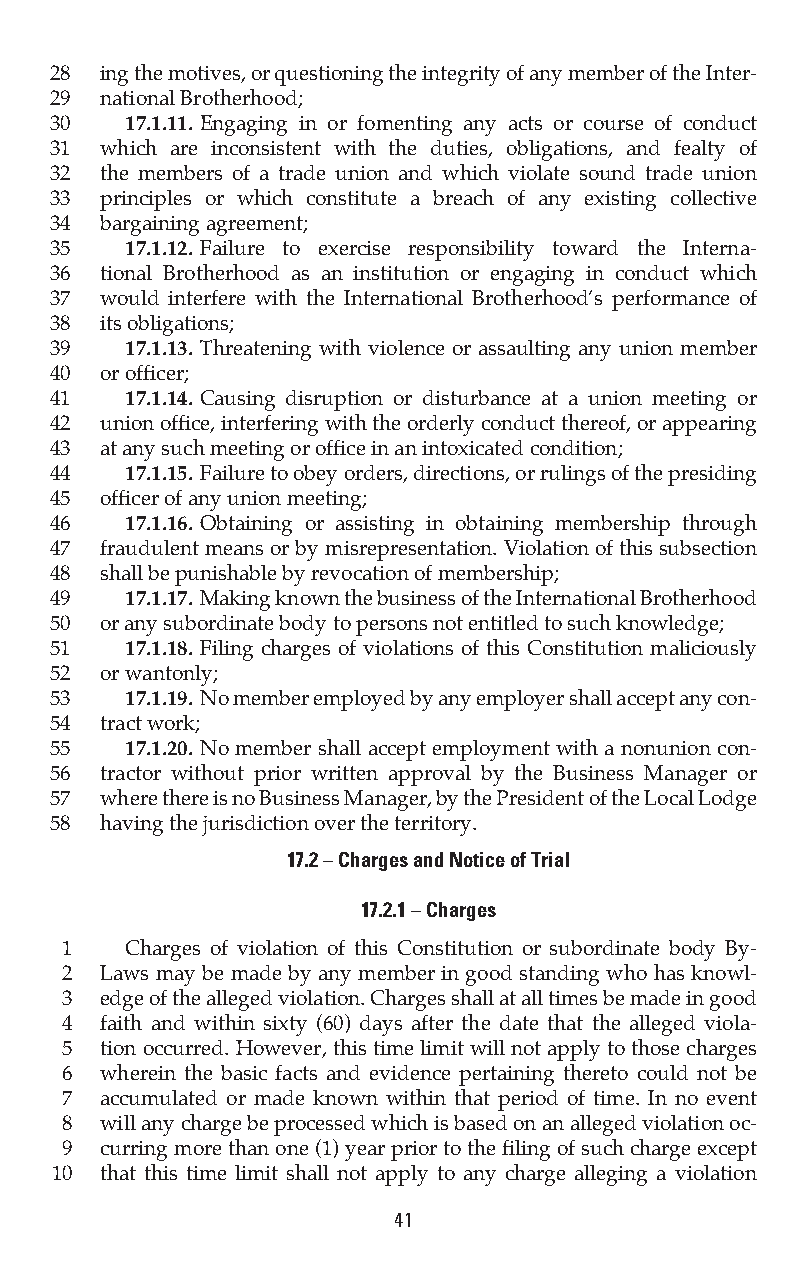
28  ing the motives, or questioning the integrity of any member of the Inter-
 29  national Brotherhood;
 30   17.1.11. Engaging in or fomenting any acts or course of conduct
 31  which are inconsistent with the duties, obligations, and fealty of
 32  the members of a trade union and which violate sound trade union
 33  principles or which constitute a breach of any existing collective
 34  bargaining agreement;
 35   17.1.12. Failure to exercise responsibility toward the Interna-
 36  tional Brotherhood as an institution or engaging in conduct which
 37  would interfere with the International Brotherhood’s performance of
 38  its obligations;
 39   17.1.13. Threatening with violence or assaulting any union member
 40  or officer;
 41   17.1.14. Causing disruption or disturbance at a union meeting or
 42  union office, interfering with the orderly conduct thereof, or appearing
 43  at any such meeting or office in an intoxicated condition;
 44   17.1.15. Failure to obey orders, directions, or rulings of the presiding
 45  officer of any union meeting;
 46   17.1.16. Obtaining or assisting in obtaining membership through
 47  fraudulent means or by misrepresentation. Violation of this subsection
 48  shall be punishable by revocation of membership;
 49   17.1.17. Making known the business of the International Brotherhood
 50  or any subordinate body to persons not entitled to such knowledge;
 51   17.1.18. Filing charges of violations of this Constitution maliciously
 52  or wantonly;
 53   17.1.19. No member employed by any employer shall accept any con-
 54  tract work;
 55   17.1.20. No member shall accept employment with a nonunion con-
 56  tractor without prior written approval by the Business Manager or
 57  where there is no Business Manager, by the President of the Local Lodge
 58  having the jurisdiction over the territory.
 17.2 – Charges and Notice of Trial
 17.2.1 – Charges
 1   Charges of violation of this Constitution or subordinate body By-
 2  Laws may be made by any member in good standing who has knowl-
 3  edge of the alleged violation. Charges shall at all times be made in good
 4  faith and within sixty (60) days after the date that the alleged viola-
 5  tion occurred. However, this time limit will not apply to those charges
 6  wherein the basic facts and evidence pertaining thereto could not be
 7  accumulated or made known within that period of time. In no event
 8  will any charge be processed which is based on an alleged violation oc-
 9  curring more than one (1) year prior to the filing of such charge except
 10  that this time limit shall not apply to any charge alleging a violation
 41